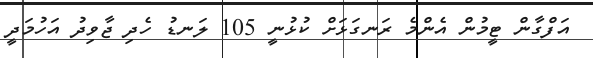
އަފްގާން ޓީމުން އެންމެ ރަނގަޅަށް ކުޅުނީ 105 ލަނޑު ހެދި ޖާވިދު އަހުމަދީ